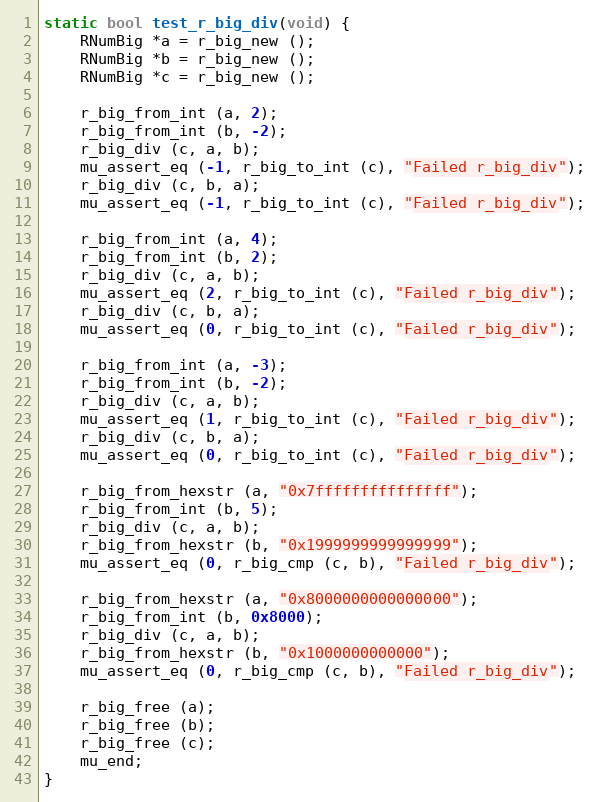
Language: C
static bool test_r_big_div(void) {
	RNumBig *a = r_big_new ();
	RNumBig *b = r_big_new ();
	RNumBig *c = r_big_new ();

	r_big_from_int (a, 2);
	r_big_from_int (b, -2);
	r_big_div (c, a, b);
	mu_assert_eq (-1, r_big_to_int (c), "Failed r_big_div");
	r_big_div (c, b, a);
	mu_assert_eq (-1, r_big_to_int (c), "Failed r_big_div");

	r_big_from_int (a, 4);
	r_big_from_int (b, 2);
	r_big_div (c, a, b);
	mu_assert_eq (2, r_big_to_int (c), "Failed r_big_div");
	r_big_div (c, b, a);
	mu_assert_eq (0, r_big_to_int (c), "Failed r_big_div");

	r_big_from_int (a, -3);
	r_big_from_int (b, -2);
	r_big_div (c, a, b);
	mu_assert_eq (1, r_big_to_int (c), "Failed r_big_div");
	r_big_div (c, b, a);
	mu_assert_eq (0, r_big_to_int (c), "Failed r_big_div");

	r_big_from_hexstr (a, "0x7fffffffffffffff");
	r_big_from_int (b, 5);
	r_big_div (c, a, b);
	r_big_from_hexstr (b, "0x1999999999999999");
	mu_assert_eq (0, r_big_cmp (c, b), "Failed r_big_div");

	r_big_from_hexstr (a, "0x8000000000000000");
	r_big_from_int (b, 0x8000);
	r_big_div (c, a, b);
	r_big_from_hexstr (b, "0x1000000000000");
	mu_assert_eq (0, r_big_cmp (c, b), "Failed r_big_div");

	r_big_free (a);
	r_big_free (b);
	r_big_free (c);
	mu_end;
}